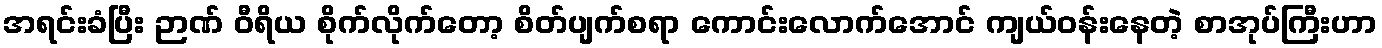
အရင်းခံပြီး ဉာဏ် ဝီရိယ စိုက်လိုက်တော့ စိတ်ပျက်စရာ ကောင်းလောက်အောင် ကျယ်ဝန်းနေတဲ့ စာအုပ်ကြီးဟာ